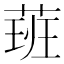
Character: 𦶾